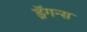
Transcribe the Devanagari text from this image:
ड्रॅगन्स